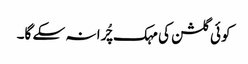
کوئی گلشن کی مہک چُرا نہ سکے گا۔